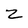
Character: 2